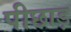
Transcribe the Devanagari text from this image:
पीछाड़